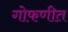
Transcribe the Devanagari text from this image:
गोफणीत